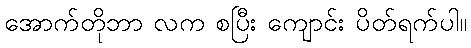
အောက်တိုဘာ လက စပြီး ကျောင်း ပိတ်ရက်ပါ။